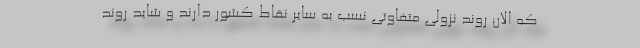
که الان روند نزولی متفاوتی نسب به سایر نقاط کشور دارند و شاید روند